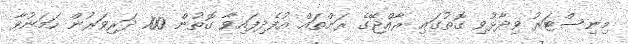
މިނިސްޓަރު ވިދާޅުވި ގޮތުގައި ރާއްޖޭގެ ރަށްތައް އުފެދިފައިވާ ގޮތުން 100 ދަރިވަރުން ހަމަނުވާ